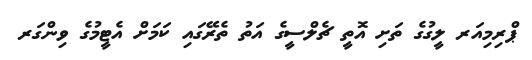
ޕްރިމިއަރ ލީގުގެ ތަށި އޮތީ ޗެލްސީގެ އަތު ތެރޭގައި ކަމަށް އެޓީމުގެ ވިންގަރ